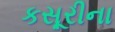
કસૂરીના